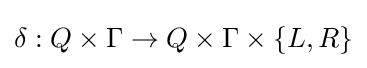
\delta :Q\times \Gamma \rightarrow Q\times \Gamma \times \{L,R\}